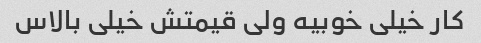
کار خیلی خوبیه ولی قیمتش خیلی بالاس